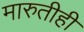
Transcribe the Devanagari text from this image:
मारुतीही